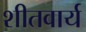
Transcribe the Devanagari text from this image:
शीतवार्य